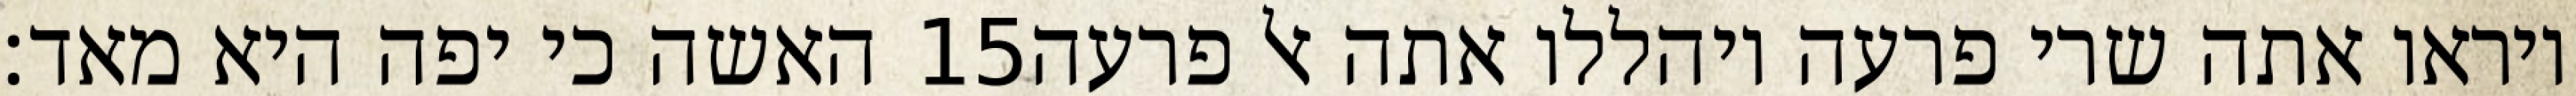
האשה כי יפה היא מאד׃ ‎15‏ ויראו אתה שרי פרעה ויהללו אתה אל פרעה